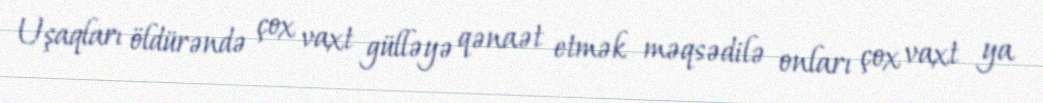
Uşaqları öldürəndə çox vaxt gülləyə qənaət etmək məqsədilə onları çox vaxt ya